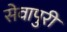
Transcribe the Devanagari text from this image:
सेवापुरी